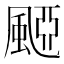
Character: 𩗠